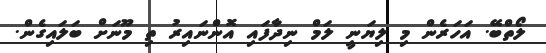
ލޯތްބޭ. އަހަރެން މި ލިޔަނީ ލަމް ނިދާފައި އޮންނައިރު ތި މޫނަށް ބަލައިގެން.